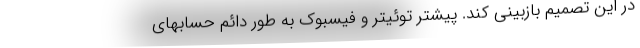
در این تصمیم بازبینی کند. پیشتر توئیتر و فیسبوک به طور دائم حسابهای